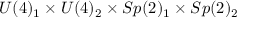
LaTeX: U ( 4 ) _ { 1 } \times U ( 4 ) _ { 2 } \times S p ( 2 ) _ { 1 } \times S p ( 2 ) _ { 2 }